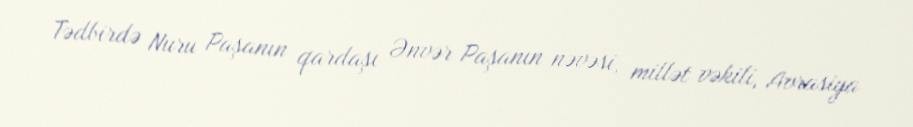
Tədbirdə Nuru Paşanın qardaşı Ənvər Paşanın nəvəsi, millət vəkili, Avrasiya